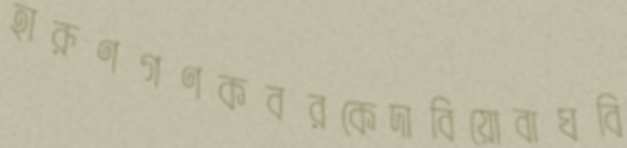
হারূণগণকবরকেদাবিয়োবাঘবি